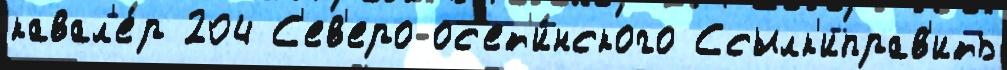
кавал'е́р 204 С'ев'еро-ос'ет'и́нского Ссылк'иправ'ить